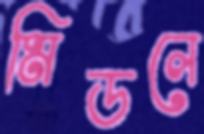
মিডলে